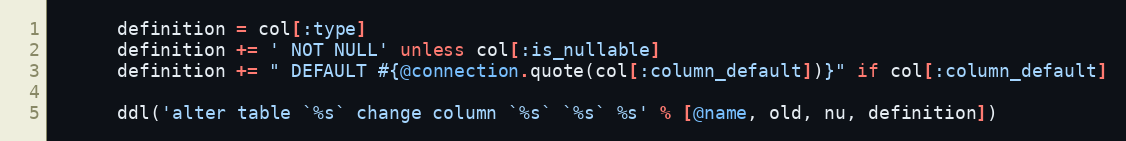
Language: Ruby
      definition = col[:type]
      definition += ' NOT NULL' unless col[:is_nullable]
      definition += " DEFAULT #{@connection.quote(col[:column_default])}" if col[:column_default]

      ddl('alter table `%s` change column `%s` `%s` %s' % [@name, old, nu, definition])